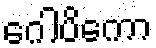
ဂေါပိကော